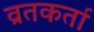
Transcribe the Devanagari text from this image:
व्रतकर्ता